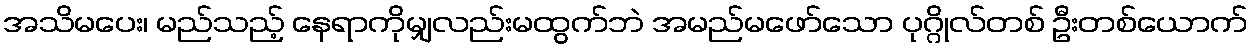
အသိမပေး၊ မည်သည့် နေရာကိုမျှလည်းမထွက်ဘဲ အမည်မဖော်သော ပုဂ္ဂိုလ်တစ် ဦးတစ်ယောက်